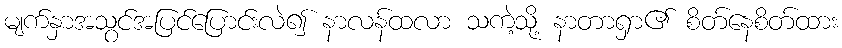
မျက်နှာအသွင်အပြင်ပြောင်းလဲ၍ နာလန်ထလာ သကဲ့သို့ နာတာရှာ၏ စိတ်နေစိတ်ထား